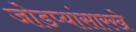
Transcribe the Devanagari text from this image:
जोडप्यांसारखे